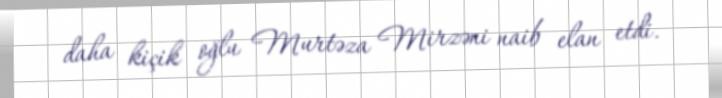
daha kiçik oğlu Murtəza Mirzəni naib elan etdi.